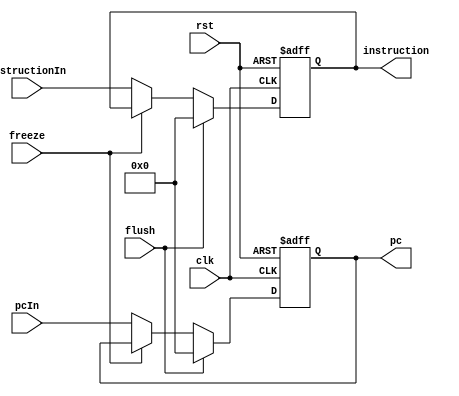
module IF_Stage_reg(
    input clk, rst, freeze, flush,
    input [31:0] pcIn, instructionIn, 
    output reg [31:0] pc, instruction
);
    always @(posedge clk, posedge rst) begin
        if (rst) begin
            pc = 32'd0;
            instruction = 32'd0;
        end
		  else if (flush) begin
				pc = 32'd0;
				instruction = 32'd0;
		  end
        else if(~freeze) begin
            pc = pcIn;
            instruction = instructionIn;
        end        
    end

endmodule